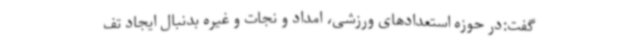
گفت:در حوزه استعدادهای ورزشی، امداد و نجات و غیره بدنبال ایجاد تف